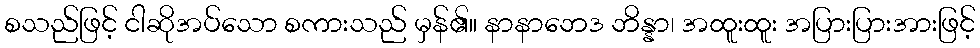
စသည်ဖြင့် ငါဆိုအပ်သော စကားသည် မှန်၏။ နာနာဘေဒ ဘိန္နာ၊ အထူးထူး အပြားပြားအားဖြင့်